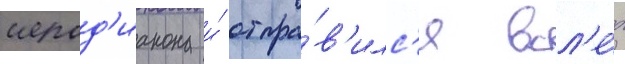
иерод'иакона и́ отпра́в'илс'я всл'е́д